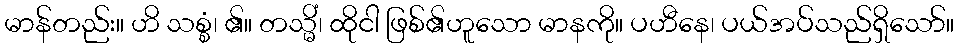
မာန်တည်း။ ဟိ သစ္စံ၊ ၏။ တသ္မိံ၊ ထိုငါ ဖြစ်၏ဟူသော မာနကို။ ပဟီနေ၊ ပယ်အပ်သည်ရှိသော်။